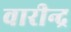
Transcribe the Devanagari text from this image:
वारीन्द्र